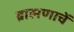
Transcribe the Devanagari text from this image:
ब्राह्मणाचें